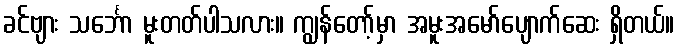
ခင်ဗျား သင်္ဘော မူးတတ်ပါသလား။ ကျွန်တော့်မှာ အမူးအမော်ပျောက်ဆေး ရှိတယ်။